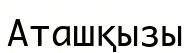
Аташқызы